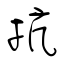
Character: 抗